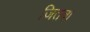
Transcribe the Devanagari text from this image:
जितवा